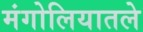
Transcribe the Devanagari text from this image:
मंगोलियातले